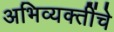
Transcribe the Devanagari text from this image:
अभिव्यक्तींचे